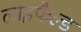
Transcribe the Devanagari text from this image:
लाइफैल्ड